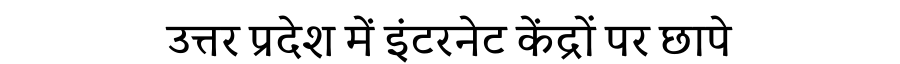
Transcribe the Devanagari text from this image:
उत्तर प्रदेश में इंटरनेट केंद्रों पर छापे